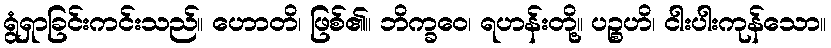
ရွံရှာခြင်းကင်းသည်။ ဟောတိ၊ ဖြစ်၏။ ဘိက္ခဝေ၊ ရဟန်းတို့။ ပဉ္စဟိ၊ ငါးပါးကုန်သော။